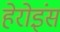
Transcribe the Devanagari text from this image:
हेरोइंस